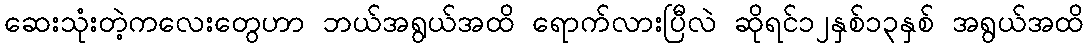
ဆေးသုံးတဲ့ကလေးတွေဟာ ဘယ်အရွယ်အထိ ရောက်လားပြီလဲ ဆိုရင်၁၂နှစ်၁၃နှစ် အရွယ်အထိ